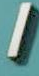
/